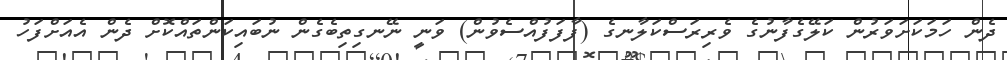
ދެން ހަމަކަށަވަރުން ކަލޭގެފާނުގެ ވެރިރަސްކަލާނގެ (ފާފަފުއްސެވުން) ވަނީ ނޭނގިތިބެގެން ނުބައިކަންތައްކޮށް ދެން އެއަށްފަހު